Report of the Municipal Commissioner on the plague in Bombay for the year ending 31st May... - Volume 1
Disease focus: Plague
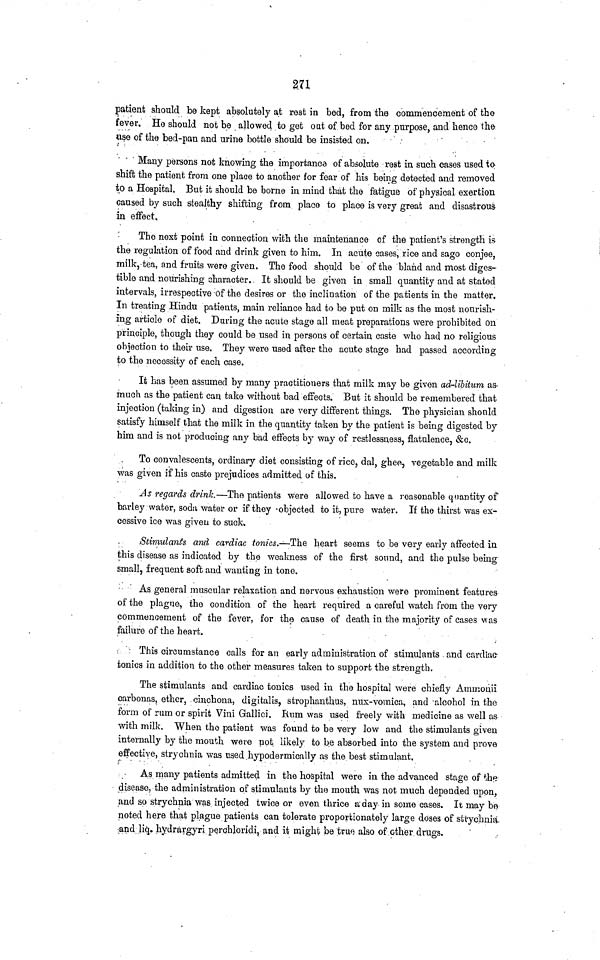
271
patient should be kept absolutely at rest in bed, from the commencement of the
fever. He should not be allowed to get oat of bed for any purpose, and hence the
use of the bed-pan and urine bottle should be insisted on.
Many persons not knowing the importance of absolute rest in such cases used to
shift the patient from one place to another for fear of his being detected and removed
to a Hospital. But it should be borne in mind that the fatigue of physical exertion
caused by such stealthy shifting from place to place is very great and disastrous
in effect.
The next point in connection with the maintenance of the patient's strength is
the regulation of food and drink given to him. In acute cases, rice and sago conjee,
milk, tea, and fruits were given. The food should be of the bland and most diges-
tible and nourishing character. It should be given in small quantity and at stated
intervals, irrespective of the desires or the inclination of the patients in the matter.
In treating Hindu patients, main reliance had to be put on milk as the most nourish-
ing article of diet. During the acute stage all meat preparations were prohibited on
principle, though they could be used in persons of certain caste who had no religious
objection to their use. They were used after the acute stage had passed according
to the necessity of each case.
It has been assumed by many practitioners that milk may be given ad-libitum as-
much as the patient can take without bad effects. But it should be remembered that
injection (taking in) and digestion are very different things. The physician should
satisfy himself that the milk in the quantity taken by the patient is being digested by
him and is not producing any bad effects by way of restlessness, flatulence, &c.
To convalescents, ordinary diet consisting of rice, dal, ghee, vegetable and milk
was given if his caste prejudices admitted of this.
As regards drink.—The patients were allowed to have a reasonable quantity of
barley water, soda water or if they -objected to it, pure water. If the thirst was ex-
cessive ice was given to suck,
Stimulants and cardiac tonics.—The heart seems to be very early affected in
this disease as indicated by the weakness of the first sound, and the pulse being
small, frequent soft and wanting in tone.
As general muscular relaxation and nervous exhaustion were prominent features
of the plague, the condition of the heart required a careful watch from the very
commencement of the fever, for the cause of death in the majority of cases was
failure of the heart.
This circumstance calls for an early administration of stimulants and cardiac
tonics in addition to the other measures taken to support the strength.
The stimulants and cardiac tonics used in the hospital were chiefly Ammonii
carbonas, ether, cinchona, digitalis, strophanthus, nux-vomica, and alcohol in the
form of rum or spirit Vim Gallici. Rum was used freely with medicine as well as
with milk. When the patient was found to be very low and the stimulants given
internally by the mouth were not likely to be absorbed into the system and prove
effective, strychnia was used hypodermically as the best stimulant,
As many patients admitted in the hospital were in the advanced stage of the
disease, the administration of stimulants by the mouth was not much depended upon,
and so strychnia was injected twice or even thrice a day in some cases. It may be
noted here that plague patients can tolerate proportionately large doses of strychnia
and liq. hydrargyri perchloridi, and it might be true also of other drugs.